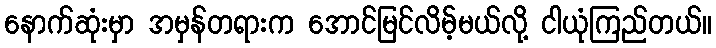
နောက်ဆုံးမှာ အမှန်တရားက အောင်မြင်လိမ့်မယ်လို့ ငါယုံကြည်တယ်။